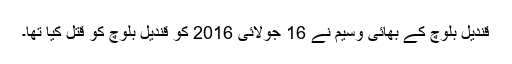
قندیل بلوچ کے بھائی وسیم نے 16 جولائی 2016 کو قندیل بلوچ کو قتل کیا تھا۔